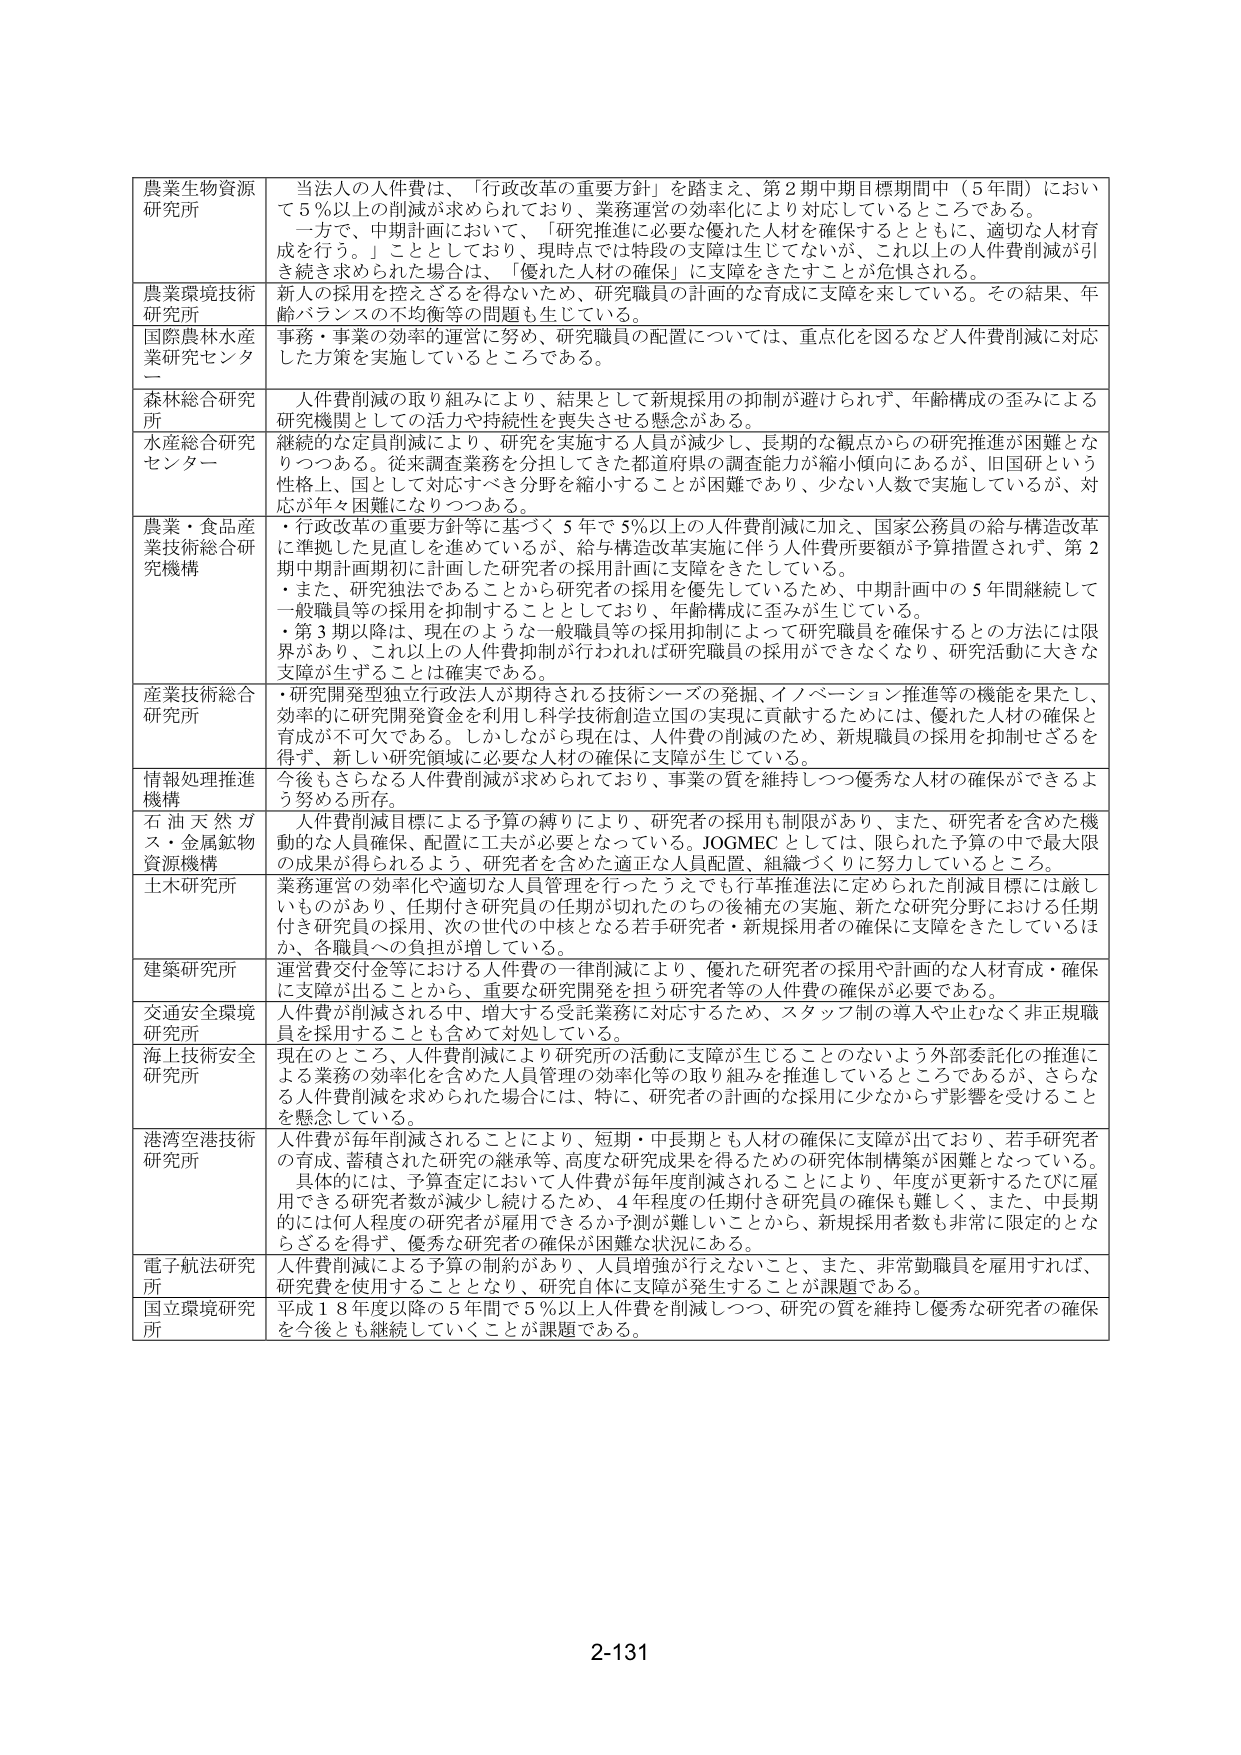
農業生物資源研究所　当法人の人件費は、「行政改革の重要方針」を踏まえ、第2期中期目標期間中（5年間）において5％以上の人件費削減が求められており、業務運営の効率化により対応しているところである。一方で、中期計画において、「研究推進に必要な優れた人材を確保するとともに、適切な人材育成を行う。」こととしており、現時点では特段の支障は生じてないが、これ以上の人件費削減が引き続き求められた場合は、「優れた人材の確保」に支障をきたすことが危惧される。

農業環境技術研究所　新人の採用を控えざるを得ないため、研究職員の計画的な育成に支障を来している。その結果、年齢バランスの不均衡等の問題も生じている。

国際農林水産業研究センター　事務・事業の効率的運営に努め、研究職員の配置については、重点化を図るなど人件費削減に対応した方策を実施しているところである。

森林総合研究所　人件費削減の取り組みにより、結果として新規採用の抑制が避けられず、年齢構成の歪みによる研究機関としての活力や持続性を喪失させる懸念がある。

水産総合研究センター　継続的な定員削減により、研究を実施する人員が減少し、長期的な観点からの研究推進が困難となりつつある。従来調査業務を分担してきた都道府県の調査能力が縮小傾向にあるが、旧国研という性格上、国として対応すべき分野を縮小することが困難であり、少ない人数で実施しているが、対応が年々困難になりつつある。

農業・食品産業技術総合研究機構　・行政改革の重要方針等に基づく5年で5％以上の人件費削減に加え、国家公務員の給与構造改革に準拠した見直しを進めているが、給与構造改革実施に伴う人件費所要額が予算措置されず、第2期中期計画期初に計画した研究者の採用計画に支障をきたしている。・また、研究独法であることから研究者の採用を優先しているため、中期計画中の5年間継続して一般職員等の採用は抑制することとしており、年齢構成に歪みが生じている。・第3期以降は、現在のような一般職員等の採用抑制によって研究職員を確保するとの方法には限界があり、これ以上の人件費抑制が行われれば研究職員の採用ができなくなり、研究活動に大きな支障が生ずることは確実である。

産業技術総合研究所　・研究開発型独立行政法人が期待される技術シーズの発掘、イノベーション推進等の機能を果たし、効率的に研究開発資金を利用し科学技術創造立国の実現に貢献するためには、優れた人材の確保と育成が不可欠である。しかしながら現在は、人件費の削減のため、新規職員の採用を抑制せざるを得ず、新しい研究領域に必要な人材の確保に支障が生じている。

情報処理推進機構　今後もさらなる人件費削減が求められており、事業の質を維持しつつ優秀な人材の確保ができるよう努める所存。

石油天然ガス・金属鉱物資源機構　人件費削減目標による予算の縛りにより、研究者の採用も制限があり、また、研究者を含めた機動的な人員確保、配置に工夫が必要となっている。JOGMECとしては、限られた予算の中で最大限の成果が得られるよう、研究者を含めた適正な人員配置、組織づくりに努力しているところ。

土木研究所　業務運営の効率化や適切な人員管理を行ったうえでも行革推進法に定められた削減目標には厳しいものがあり、任期付き研究員の任期が切れたのちの後補充の実施、新たな研究分野における任期付き研究員の採用、次の世代の中核となる若手研究者・新規採用者の確保に支障をきたしているほか、各職員への負担が増している。

建築研究所　運営費交付金等における人件費の一律削減により、優れた研究者の採用や計画的な人材育成・確保に支障が出ることから、重要な研究開発を担う研究者等の人件費の確保が必要である。

交通安全環境研究所　人件費が削減される中、増大する受託業務に対応するため、スタッフ制の導入や止むなく非正規職員を採用することも含めて対処している。

海上技術安全研究所　現在のところ、人件費削減により研究所の活動に支障が生じることのないよう外部委託化の推進による業務の効率化を含めた人員管理の効率化等の取り組みを推進しているところであるが、さらなる人件費削減を求められた場合には、特に、研究者の計画的な採用に少なからず影響を受けることを懸念している。

港湾空港技術研究所　人件費が毎年削減されることにより、短期・中長期とも人材の確保に支障が出ており、若手研究者の育成、蓄積された研究の継承等、高度な研究成果を得るための研究体制構築が困難となっている。具体的には、予算査定において人件費が毎年度削減されることにより、年度が更新するたびに雇用できる研究者数が減少し続けているため、4年程度の任期付き研究員の確保も難しく、また、中長期的には何人程度の研究者が雇用できるか予測が難しいことから、新規採用者数も非常に限定的となるざるを得ず、優秀な研究者の確保が困難な状況にある。

電子航法研究所　人件費削減による予算の制約があり、人員増強が行えないこと、また、非常勤職員を雇用すれば、研究費を使用することとなり、研究自体に支障が発生することが課題である。

国立環境研究所　平成18年度以降の5年間で5％以上人件費を削減しつつ、研究の質を維持し優秀な研究者の確保を今後とも継続していくことが課題である。

2-131